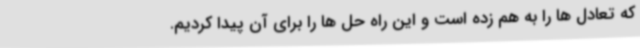
که تعادل ها را به هم زده است و این راه حل ها را برای آن پیدا کردیم.